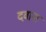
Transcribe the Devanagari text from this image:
दवाना